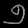
Digit: ၅